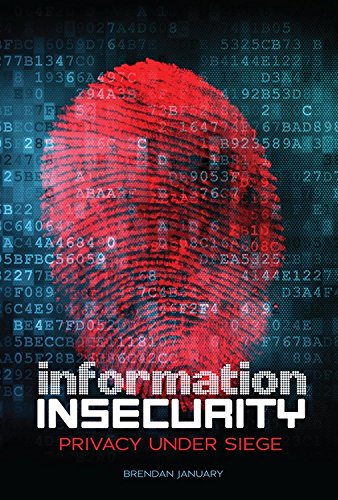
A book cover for Information Insecurity: Privacy Under Siege (Nonfiction - Young Adult); Brendan January; Teen & Young Adult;